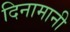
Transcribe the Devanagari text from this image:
दिनामानी